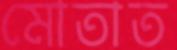
মোতাত